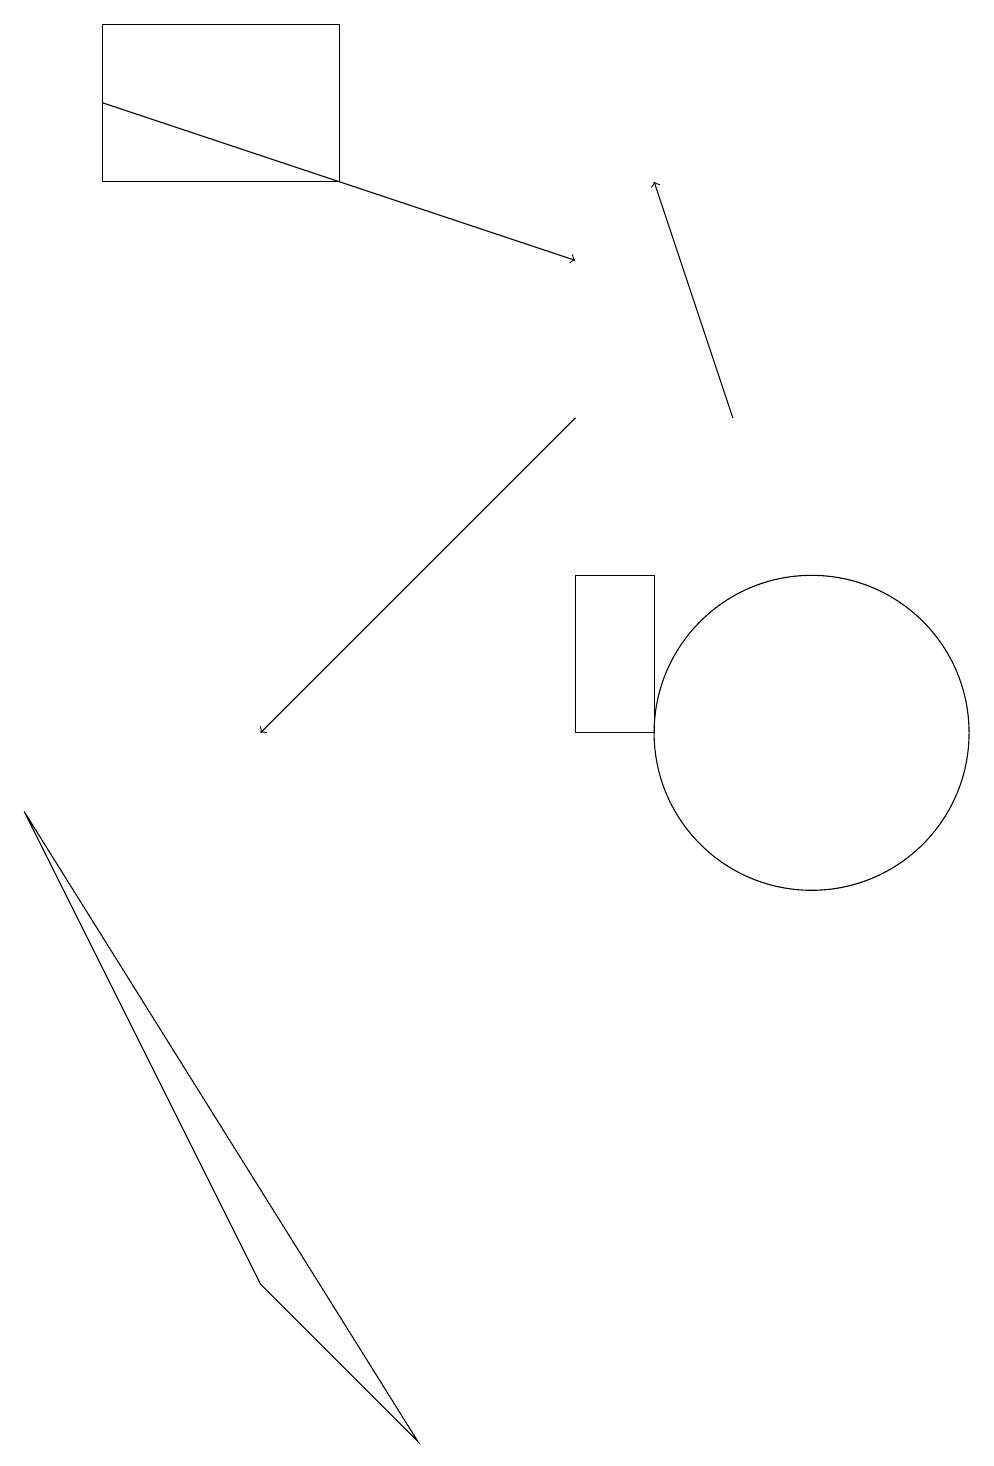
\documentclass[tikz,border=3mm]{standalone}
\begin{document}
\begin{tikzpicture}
\draw (0,9) -- (5,1) -- (3,3) -- cycle;
\draw[->] (1,18) -- (7,16);
\draw (10,10) circle (2);
\draw[->] (7,14) -- (3,10);
\draw (8,12) rectangle (7,10);
\draw[->] (9,14) -- (8,17);
\draw (1,19) rectangle (4,17);
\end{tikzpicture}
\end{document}